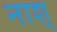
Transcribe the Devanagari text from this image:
नाश्